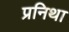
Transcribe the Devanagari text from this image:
प्रनिथा